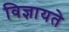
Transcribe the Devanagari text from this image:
विज्ञायते